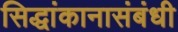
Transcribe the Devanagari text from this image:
सिद्धांकानासंबंधी